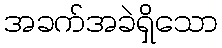
အခက်အခဲရှိသော